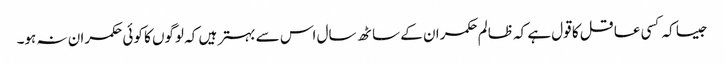
جیسا کہ کسی عاقل کا قول ہے کہ ظالم حکمران کے ساٹھ سال اس سے بہتر ہیں کہ لوگوں کا کوئی حکمران نہ ہو۔